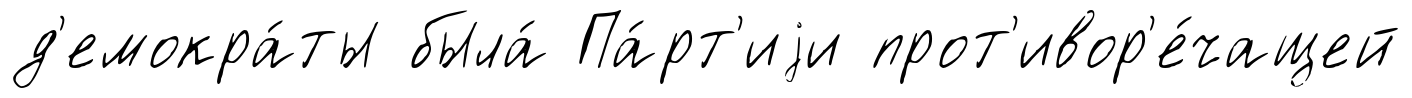
д'емокра́ты была́ Па́рт'иjи прот'ивор'е́чащей